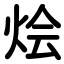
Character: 烩